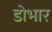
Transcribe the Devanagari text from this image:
डोभार